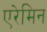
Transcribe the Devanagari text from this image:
एरेमिन